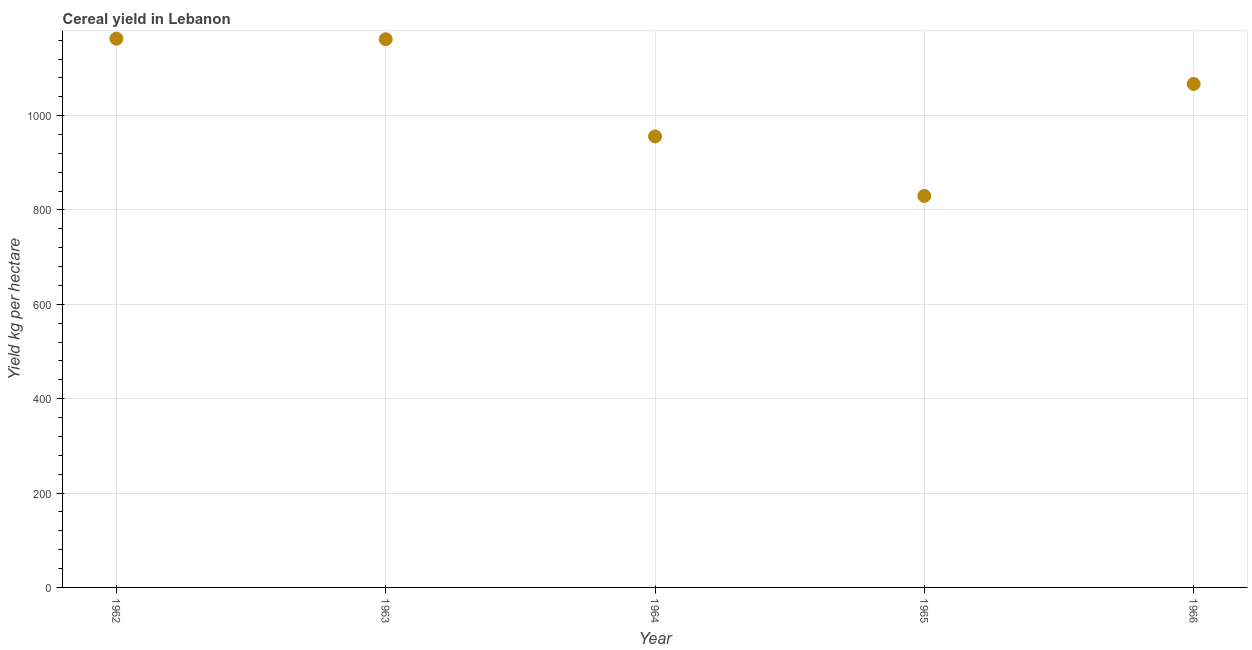
| Year | Cereal yield |
 | --- | --- |
 | 1962 | 1.16e+03 |
 | 1963 | 1.16e+03 |
 | 1964 | 956 |
 | 1965 | 830 |
 | 1966 | 1.07e+03 |